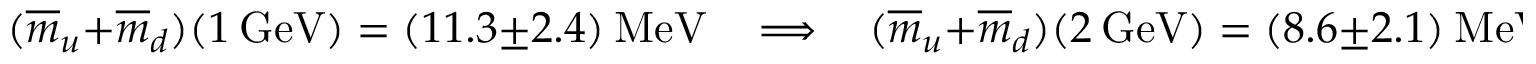
( \overline { { { m } } } _ { u } + \overline { { { m } } } _ { d } ) ( 1 ~ \mathrm { { G e V } } ) = ( 1 1 . 3 \pm 2 . 4 ) ~ { \mathrm { M e V } } ~ ~ ~ ~ \Longrightarrow ~ ~ ~ ~ ( \overline { { { m } } } _ { u } + \overline { { { m } } } _ { d } ) ( 2 ~ \mathrm { G e V } ) = ( 8 . 6 \pm 2 . 1 ) ~ \mathrm { M e V } ~ .